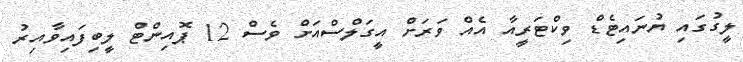
ލީގުގައި ޔުނައިޓެޑް ވިކްޓަރީއާ އެއް ވަރަށް އީގަލްސްއަށް ވެސް 12 ޕޮއިންޓް ލީބިފައިވާއިރު